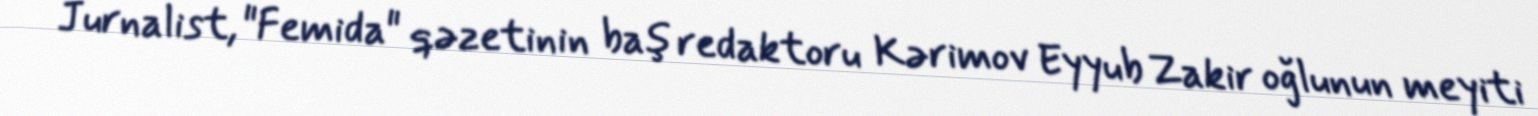
Jurnalist, "Femida" qəzetinin baş redaktoru Kərimov Eyyub Zakir oğlunun meyiti